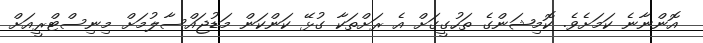
އޮންނާނެ ކަމަށެވެ. ކޮމިޝަންގެ ތަހުގީގަށް އެ ރަށްތަކާ ގުޅޭ ކަންކަން މަޑުޖައްސާލުމަށް މިނިސްޓްރީއަށް